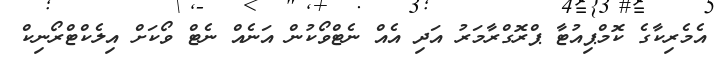
އެމެރިކާގެ ކޮމްޕިއުޓާ ޕްރޮގްރާމަރު އަދި އެއް ނެޓްވޯކުން އަނެއް ނެޓް ވޯކަށް އިލެކްޓްރޯނިކް